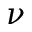
\nu